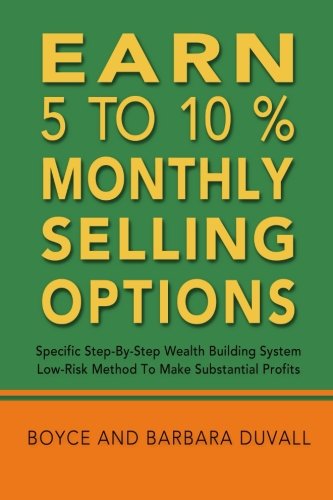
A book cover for Earn 5 to 10% Monthly Selling Options: Specific Step-by-Step Wealth Building System; Boyce Duvall; Business & Money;